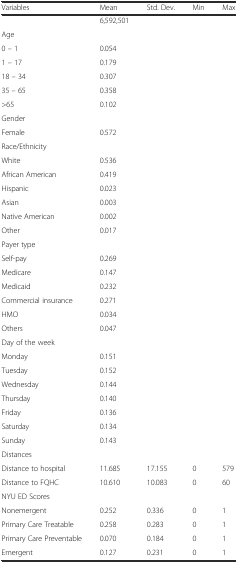
<table><thead><tr><td><b>Variables</b></td><td><b>Mean</b></td><td><b>Std. Dev.</b></td><td><b>Min</b></td><td><b>Max</b></td></tr></thead><tbody><tr><td></td><td>6,592,501</td><td></td><td></td><td></td></tr><tr><td>Age</td><td></td><td></td><td></td><td></td></tr><tr><td>0 – 1</td><td>0.054</td><td></td><td></td><td></td></tr><tr><td>1 – 17</td><td>0.179</td><td></td><td></td><td></td></tr><tr><td>18 – 34</td><td>0.307</td><td></td><td></td><td></td></tr><tr><td>35 – 65</td><td>0.358</td><td></td><td></td><td></td></tr><tr><td>&gt;65</td><td>0.102</td><td></td><td></td><td></td></tr><tr><td>Gender</td><td></td><td></td><td></td><td></td></tr><tr><td>Female</td><td>0.572</td><td></td><td></td><td></td></tr><tr><td>Race/Ethnicity</td><td></td><td></td><td></td><td></td></tr><tr><td>White</td><td>0.536</td><td></td><td></td><td></td></tr><tr><td>African American</td><td>0.419</td><td></td><td></td><td></td></tr><tr><td>Hispanic</td><td>0.023</td><td></td><td></td><td></td></tr><tr><td>Asian</td><td>0.003</td><td></td><td></td><td></td></tr><tr><td>Native American</td><td>0.002</td><td></td><td></td><td></td></tr><tr><td>Other</td><td>0.017</td><td></td><td></td><td></td></tr><tr><td>Payer type</td><td></td><td></td><td></td><td></td></tr><tr><td>Self-pay</td><td>0.269</td><td></td><td></td><td></td></tr><tr><td>Medicare</td><td>0.147</td><td></td><td></td><td></td></tr><tr><td>Medicaid</td><td>0.232</td><td></td><td></td><td></td></tr><tr><td>Commercial insurance</td><td>0.271</td><td></td><td></td><td></td></tr><tr><td>HMO</td><td>0.034</td><td></td><td></td><td></td></tr><tr><td>Others</td><td>0.047</td><td></td><td></td><td></td></tr><tr><td>Day of the week</td><td></td><td></td><td></td><td></td></tr><tr><td>Monday</td><td>0.151</td><td></td><td></td><td></td></tr><tr><td>Tuesday</td><td>0.152</td><td></td><td></td><td></td></tr><tr><td>Wednesday</td><td>0.144</td><td></td><td></td><td></td></tr><tr><td>Thursday</td><td>0.140</td><td></td><td></td><td></td></tr><tr><td>Friday</td><td>0.136</td><td></td><td></td><td></td></tr><tr><td>Saturday</td><td>0.134</td><td></td><td></td><td></td></tr><tr><td>Sunday</td><td>0.143</td><td></td><td></td><td></td></tr><tr><td>Distances</td><td></td><td></td><td></td><td></td></tr><tr><td>Distance to hospital</td><td>11.685</td><td>17.155</td><td>0</td><td>579</td></tr><tr><td>Distance to FQHC</td><td>10.610</td><td>10.083</td><td>0</td><td>60</td></tr><tr><td colspan="5">NYU ED Scores</td></tr><tr><td>Nonemergent</td><td>0.252</td><td>0.336</td><td>0</td><td>1</td></tr><tr><td>Primary Care Treatable</td><td>0.258</td><td>0.283</td><td>0</td><td>1</td></tr><tr><td>Primary Care Preventable</td><td>0.070</td><td>0.184</td><td>0</td><td>1</td></tr><tr><td>Emergent</td><td>0.127</td><td>0.231</td><td>0</td><td>1</td></tr></tbody></table>